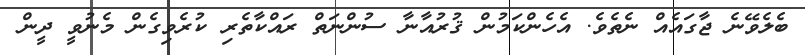
ބެލެވޭނެ ޖާގައެއް ނެތެވެ. އެހެންކަމުން ޤުރުއާނާ ސުންނަތް ރައްކާތެރި ކުރެވިގެން މެނުވީ ދީން